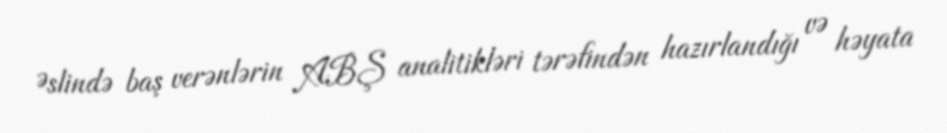
Əslində baş verənlərin ABŞ analitikləri tərəfindən hazırlandığı və həyata